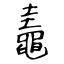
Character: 鼃